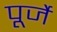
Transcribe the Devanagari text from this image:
पूर्जे